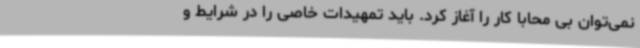
نمی‌توان بی محابا کار را آغاز کرد. باید تمهیدات خاصی را در شرایط و